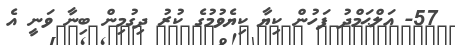
57- އަލްޙަމްދު ފަހުން ކިޔާ ކިޔެވުމުގެ ކުރު ދިގުމިން ބިނާ ވަނީ އެ